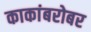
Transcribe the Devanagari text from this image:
काकांबरोबर